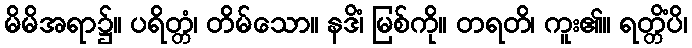
မိမိအရာ၌။ ပရိတ္တံ၊ တိမ်သော။ နဒိံ၊ မြစ်ကို။ တရတိ၊ ကူး၏။ ရတ္တိံပိ၊